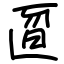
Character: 匫